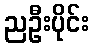
ညဦးပိုင်း